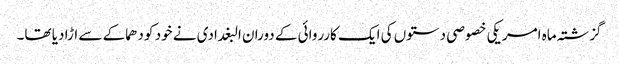
گزشتہ ماہ امریکی خصوصی دستوں کی ایک کارروائی کے دوران البغدادی نے خود کو دھماکے سے اڑا دیا تھا۔